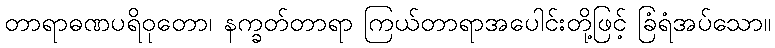
တာရာဓဏပရိဝုတော၊ နက္ခတ်တာရာ ကြယ်တာရာအပေါင်းတို့ဖြင့် ခြံရံအပ်သော။